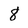
Character: 8